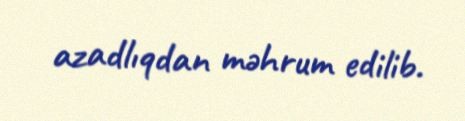
azadlıqdan məhrum edilib.